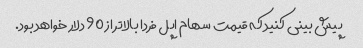
پیش بینی کنید که قیمت سهام اپل فردا بالاتر از 90 دلار خواهد بود.